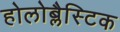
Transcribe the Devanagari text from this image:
होलोब्लैस्टिक